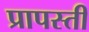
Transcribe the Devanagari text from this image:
प्रापस्ती